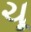
ચૂ